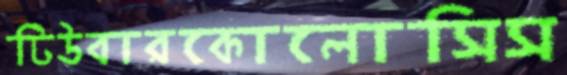
টিউবারকোলোসিস